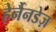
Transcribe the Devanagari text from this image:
हेर्नैनडेज़